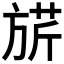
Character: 𣄄